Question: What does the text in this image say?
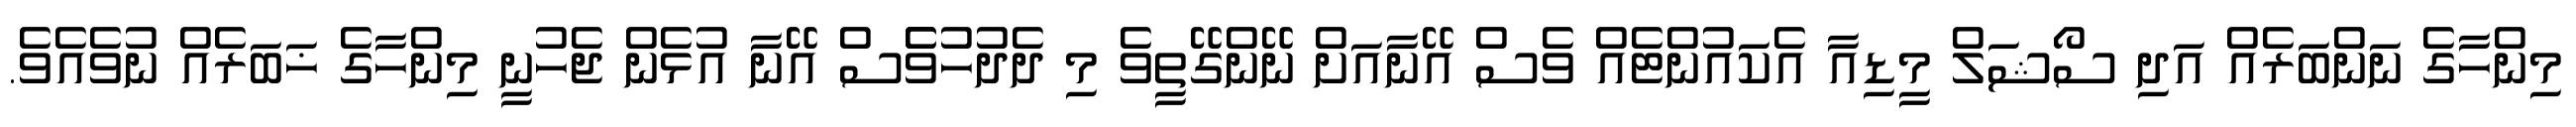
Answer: މިންހާގެ ނަންބަރެއް އަދި ސޯޝަލް މީޑިއާ އެކައުންޓެއް ވެސް އޭނާއަށް ނޭންގޭތީވެ މި ދެދުހުވެެސް އޭނާ އުޅެން ޖެހުނީ މިންހާގެ ޚަބަރެއް ނުވެއެވެ.